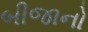
બીજાનો